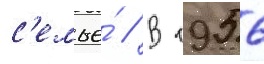
с'емье́ // В 1956